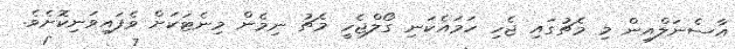
އާސެނަލްއިން މި މެޗުގައި ޖެހި ހަމައެކަނި ގޯލްޖެހީ މެޗު ނިމެން މިނެޓަކަށް ވެފައިވަނިކޮށެވެ.